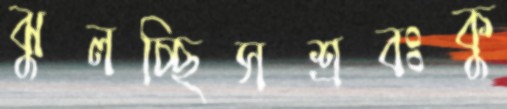
ঝুলচ্ছিসশ্রবঃকু